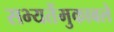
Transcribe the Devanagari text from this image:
सभ्यतेंमुकाबले